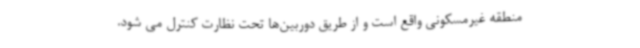
منطقه غیرمسکونی واقع است و از طریق دوربین‌ها تحت نظارت کنترل می شود.